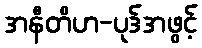
အနီတိဟ-ပုဒ်အဖွင့်